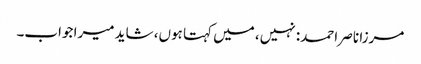
مرزا ناصر احمد: نہیں، میں کہتا ہوں، شاید میرا جواب۔